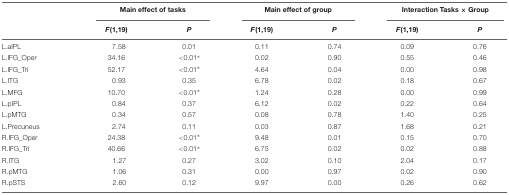
|  | <COLSPAN=2> Main effect of tasks | <COLSPAN=2> Main effect of group | <COLSPAN=2> Interaction Tasks × Group |
 |  | F(1,19) | P | F(1,19) | P | F(1,19) | P |
 | --- | --- | --- | --- | --- | --- | --- |
 | L.aIPL | 7.58 | 0.01 | 0.11 | 0.74 | 0.09 | 0.76 |
 | L.IFG_Oper | 34.16 | <0.01∗ | 0.02 | 0.90 | 0.55 | 0.46 |
 | L.IFG_Tri | 52.17 | <0.01∗ | 4.64 | 0.04 | 0.00 | 0.98 |
 | L.ITG | 0.93 | 0.35 | 6.78 | 0.02 | 0.18 | 0.67 |
 | L.MFG | 10.70 | <0.01∗ | 1.24 | 0.28 | 0.00 | 0.99 |
 | L.pIPL | 0.84 | 0.37 | 6.12 | 0.02 | 0.22 | 0.64 |
 | L.pMTG | 0.34 | 0.57 | 0.08 | 0.78 | 1.40 | 0.25 |
 | L.Precuneus | 2.74 | 0.11 | 0.03 | 0.87 | 1.68 | 0.21 |
 | R.IFG_Oper | 24.38 | <0.01∗ | 9.48 | 0.01 | 0.15 | 0.70 |
 | R.IFG_Tri | 40.66 | <0.01∗ | 6.75 | 0.02 | 0.02 | 0.88 |
 | R.ITG | 1.27 | 0.27 | 3.02 | 0.10 | 2.04 | 0.17 |
 | R.pMTG | 1.06 | 0.31 | 0.00 | 0.97 | 0.02 | 0.90 |
 | R.pSTS | 2.60 | 0.12 | 9.97 | 0.00 | 0.26 | 0.62 |